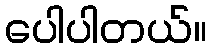
ပေါပါတယ်။